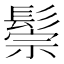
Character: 鬃